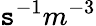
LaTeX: \mathtt{s}^{-1}m^{-3}